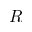
R